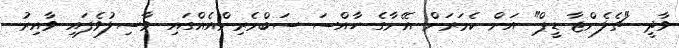
ވާދީ "ޗެލެންޖާ ޑީޕް" އަށް ކެމަރަން އޭނާގެ ހާއްސަ ސަބްމެރިންއެއްގައި ވާސިލުވެފައި ވާއިރު